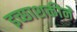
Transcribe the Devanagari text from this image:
इच्छाशक्तीने